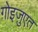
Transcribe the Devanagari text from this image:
ग़ोइज़ुएत